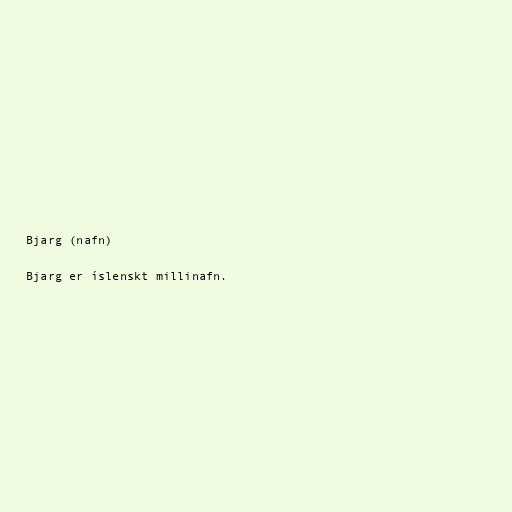
Bjarg (nafn)

Bjarg er íslenskt millinafn.